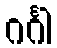
ဂင်္ဂါ